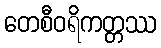
တေစီဝရိကတ္တဿ